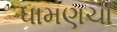
ધામણચા